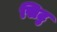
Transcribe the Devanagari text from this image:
सिटु